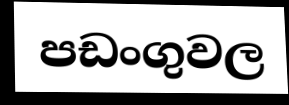
පඩංගුවල